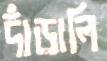
দাঁড়ালি